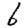
Digit: 6